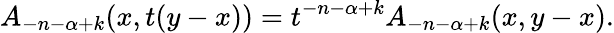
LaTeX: A_{-n-\alpha+k}(x,t(y-x))=t^{-n-\alpha+k}A_{-n-\alpha+k}(x,y-x).